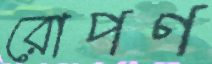
রোপণ